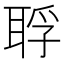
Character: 𦖀